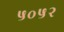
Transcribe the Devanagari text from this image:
५०५२